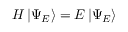
H \left| \Psi _ { E } \right\rangle = E \left| \Psi _ { E } \right\rangle